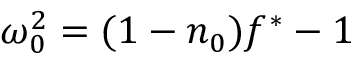
\omega _ { 0 } ^ { 2 } = ( 1 - n _ { 0 } ) f ^ { \ast } - 1